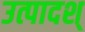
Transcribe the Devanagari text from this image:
उत्पादश्